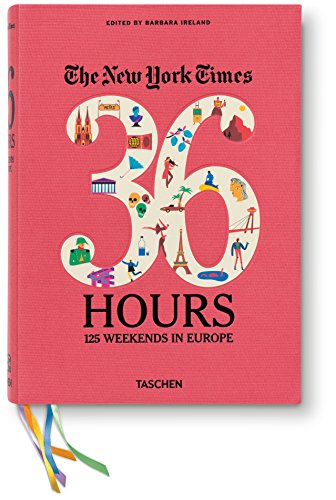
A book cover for The New York Times: 36 Hours 125 Weekends in Europe; Travel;